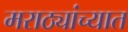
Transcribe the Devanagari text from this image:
मराठ्यांच्यात